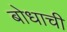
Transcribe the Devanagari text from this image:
बोधाची